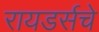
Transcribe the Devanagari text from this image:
रायडर्सचे